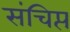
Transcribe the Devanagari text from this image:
संचिप्त